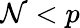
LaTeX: \mathcal{N}<p